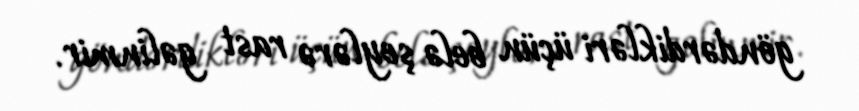
göndərdikləri üçün belə şeylərə rast gəlinmir.